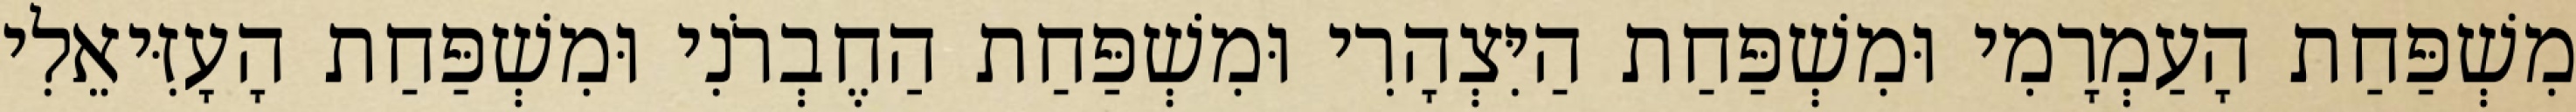
מִשְׁפַּחַת הָעַמְרָמִי וּמִשְׁפַּחַת הַיִּצְהָרִי וּמִשְׁפַּחַת הַחֶבְרֹנִי וּמִשְׁפַּחַת הָעָזִּיאֵלִי